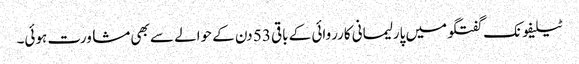
ٹیلیفونک گفتگو میں پارلیمانی کارروائی کے باقی 53 دن کے حوالے سے بھی مشاورت ہوئی۔